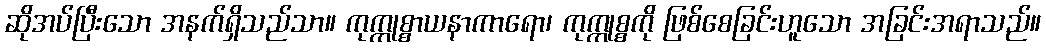
ဆိုအပ်ပြီးသော အနက်ရှိသည်သာ။ ကုက္ကုစ္စာယနာကာရော၊ ကုက္ကုစ္စကို ဖြစ်စေခြင်းဟူသော အခြင်းအရာသည်။